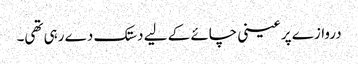
دروازے پر عینی چائے کے لیے دستک دے رہی تھی۔